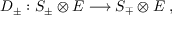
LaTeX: D _ { \pm } : S _ { \pm } \otimes E \longrightarrow S _ { \mp } \otimes E \; ,